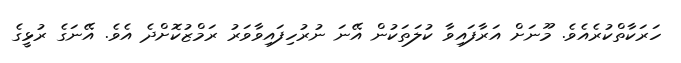
ހަރަކާތްކުރެއެވެ. މޫނަށް އަރާފައިވާ ކުލަތަކުން އޭނަ ނުރުހިފައިވާވަރު ރަމްޒުކޮށްދެ އެވެ. އޭނަގެ ރުޅީގެ